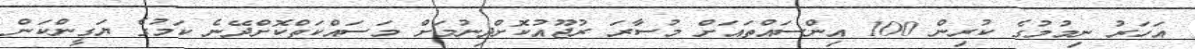
އަހަރު ނިމުމުގެ ކުރިން 100 އިންސައްތައަށް މުސާރަ ރުޖޫއުކޮށްދިނުމަށް މަސައްކަތްކޮށްދޭނެ ކަމުގެ ޔަގީންކަން